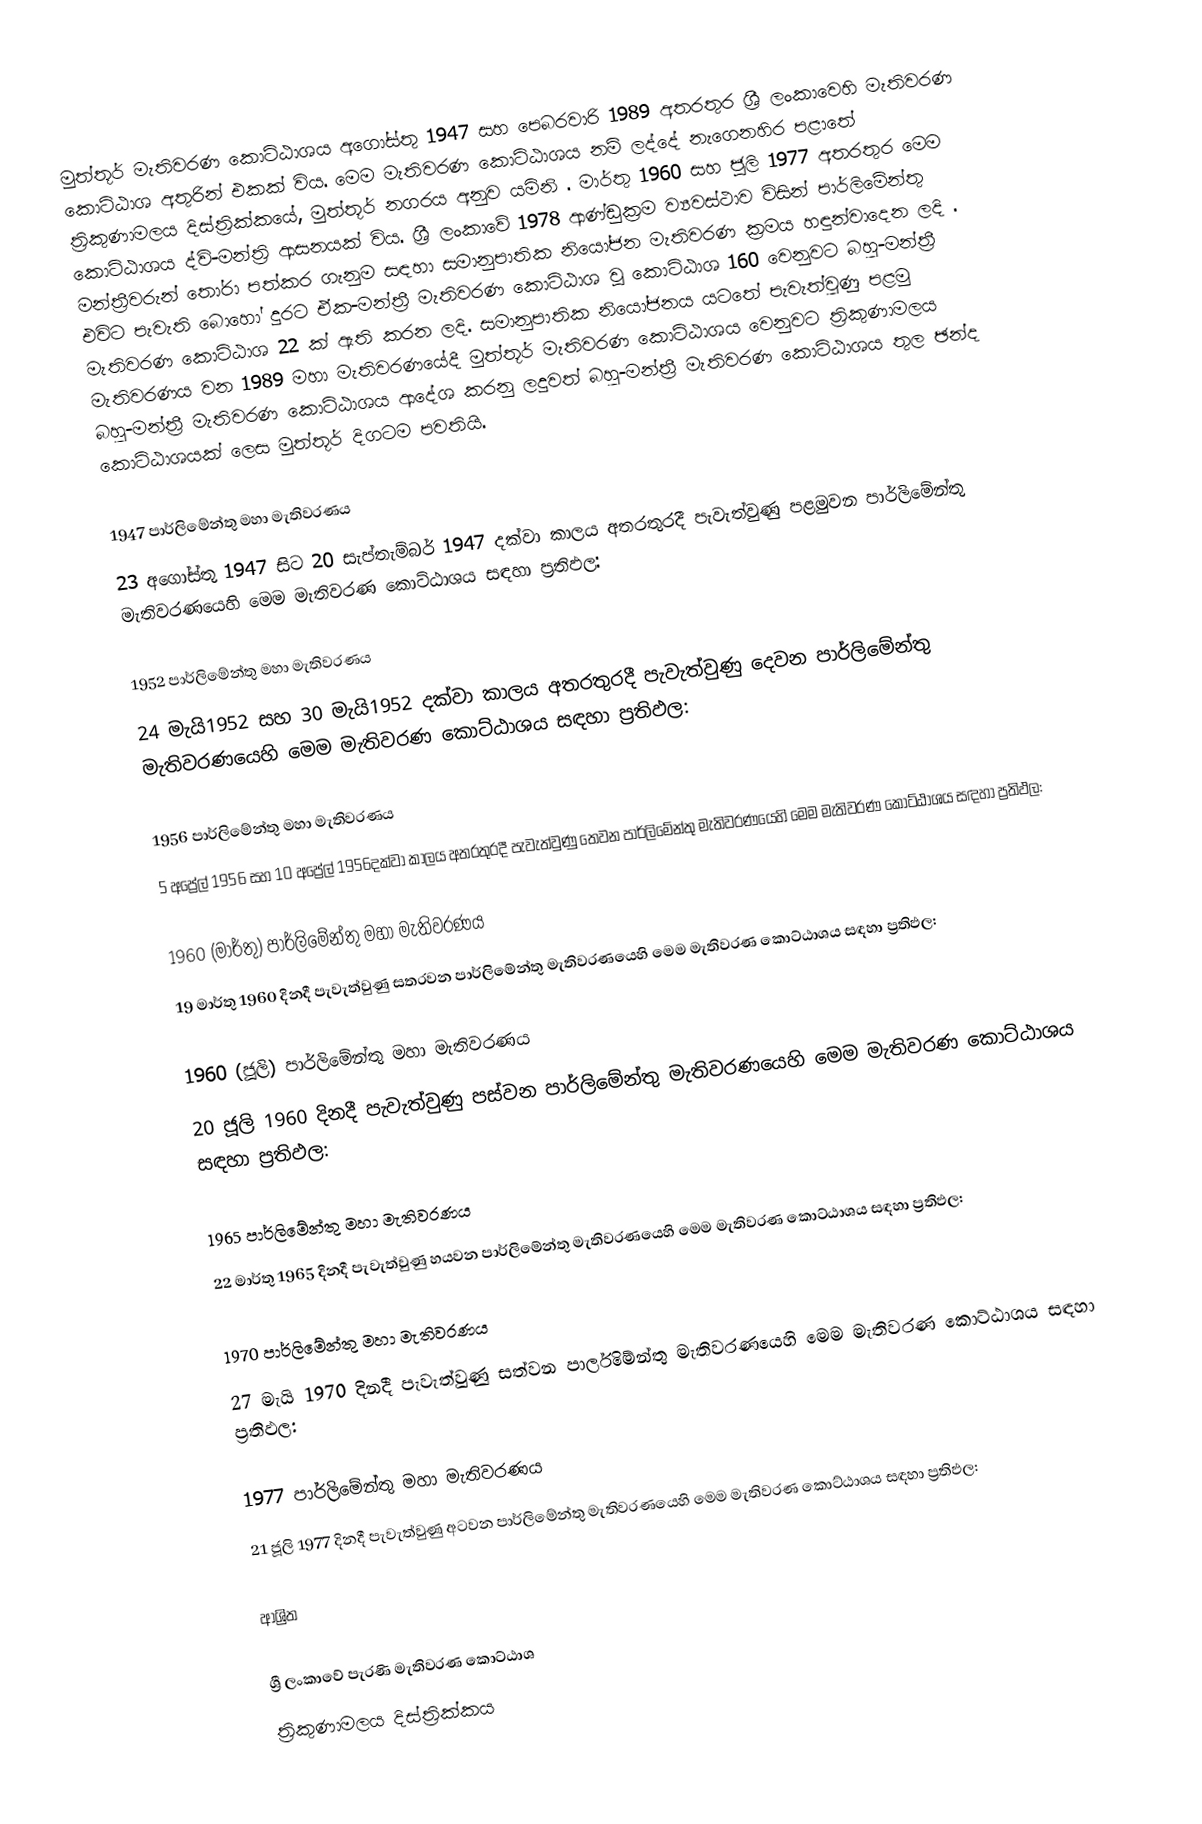
මුත්තූර් මැතිවරණ කොට්ඨාශය  අගෝස්තු 1947 සහ පෙබරවාරි 1989 අතරතුර  ශ්‍රී ලංකාවෙහි  මැතිවරණ කොට්ඨාශ අතුරින් එකක් විය. මෙම මැතිවරණ කොට්ඨාශය නම් ලද්දේ  නැගෙනහිර පළාතේ  ත්‍රිකුණාමලය දිස්ත්‍රික්කයේ,  මුත්තූර් නගරය අනුව යමිනි . මාර්තු 1960 සහ ජූලි 1977 අතරතුර මෙම කොට්ඨාශය ද්වි-මන්ත්‍රි ආසනයක් විය.  ශ්‍රී ලංකාවේ 1978 ආණ්ඩුක්‍රම ව්‍යවස්ථාව විසින්   පාර්ලිමේන්තු මන්ත්‍රීවරුන් තෝරා පත්කර ගැනුම සඳහා සමානුපාතික නියෝජන මැතිවරණ ක්‍රමය හඳුන්වාදෙන ලදි . එවිට පැවැති බොහෝ දුරට  ඒක-මන්ත්‍රී මැතිවරණ කොට්ඨාශ වූ කොට්ඨාශ 160 වෙනුවට බහු-මන්ත්‍රී මැතිවරණ කොට්ඨාශ 22 ක් ඇති කරන ලදි. සමානුපාතික නියෝජනය යටතේ පැවැත්වුණු  පළමු මැතිවරණය වන 1989 මහා මැතිවරණයේදී  මුත්තූර් මැතිවරණ කොට්ඨාශය වෙනුවට  ත්‍රිකුණාමලය බහු-මන්ත්‍රී මැතිවරණ කොට්ඨාශය  ආදේශ කරනු ලදුවත් බහු-මන්ත්‍රී මැතිවරණ කොට්ඨාශය තුල ඡන්ද කොට්ඨාශයක් ලෙස මුත්තූර් දිගටම පවතියි.

1947 පාර්ලිමේන්තු මහා මැතිවරණය
23 අගෝස්තු 1947 සිට 20 සැප්තැම්බර් 1947 දක්වා කාලය අතරතුරදී පැවැත්වුණු   පළමුවන පාර්ලිමේන්තු මැතිවරණයෙහි මෙම මැතිවරණ කොට්ඨාශය සඳහා ප්‍රතිඵල:

1952 පාර්ලිමේන්තු මහා මැතිවරණය
24 මැයි1952 සහ 30 මැයි1952 දක්වා කාලය අතරතුරදී පැවැත්වුණු   දෙවන පාර්ලිමේන්තු මැතිවරණයෙහි මෙම මැතිවරණ කොට්ඨාශය සඳහා ප්‍රතිඵල:

1956 පාර්ලිමේන්තු මහා මැතිවරණය
5 අප්‍රේල් 1956 සහ 10 අප්‍රේල් 1956දක්වා කාලය අතරතුරදී පැවැත්වුණු   තෙවන පාර්ලිමේන්තු මැතිවරණයෙහි මෙම මැතිවරණ කොට්ඨාශය සඳහා ප්‍රතිඵල:

1960 (මාර්තු) පාර්ලිමේන්තු මහා මැතිවරණය
19 මාර්තු 1960 දිනදී පැවැත්වුණු   සතරවන පාර්ලිමේන්තු මැතිවරණයෙහි මෙම මැතිවරණ කොට්ඨාශය සඳහා ප්‍රතිඵල:

1960 (ජූලි) පාර්ලිමේන්තු මහා මැතිවරණය
20 ජූලි 1960 දිනදී පැවැත්වුණු   පස්වන පාර්ලිමේන්තු මැතිවරණයෙහි මෙම මැතිවරණ කොට්ඨාශය සඳහා ප්‍රතිඵල:

1965 පාර්ලිමේන්තු මහා මැතිවරණය
22 මාර්තු 1965  දිනදී පැවැත්වුණු   හයවන පාර්ලිමේන්තු මැතිවරණයෙහි මෙම මැතිවරණ කොට්ඨාශය සඳහා ප්‍රතිඵල:

1970 පාර්ලිමේන්තු මහා මැතිවරණය
27 මැයි 1970 දිනදී පැවැත්වුණු   සත්වන පාර්ලිමේන්තු මැතිවරණයෙහි මෙම මැතිවරණ කොට්ඨාශය සඳහා ප්‍රතිඵල:

1977 පාර්ලිමේන්තු මහා මැතිවරණය
21 ජූලි 1977 දිනදී පැවැත්වුණු   අටවන පාර්ලිමේන්තු මැතිවරණයෙහි මෙම මැතිවරණ කොට්ඨාශය සඳහා ප්‍රතිඵල:

ආශ්‍රිත

ශ්‍රී ලංකාවේ පැරණි මැතිවරණ කොට්ඨාශ
ත්‍රිකුණාමලය දිස්ත්‍රික්කය